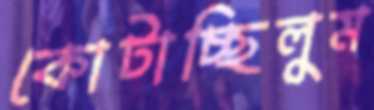
কোটাচ্ছিলুম